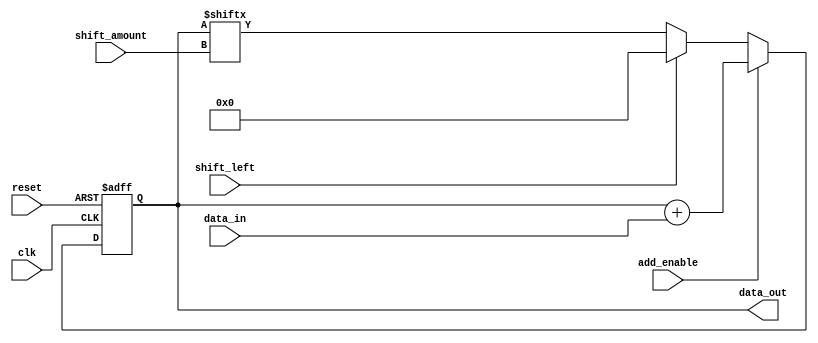
module ShiftAndAdd (
  input wire clk,
  input wire reset,
  input wire shift_left,
  input wire shift_amount,
  input wire add_enable,
  input wire [7:0] data_in,
  output reg [7:0] data_out
);

reg [7:0] shift_register;

always @(posedge clk or posedge reset) begin
  if (reset) begin
    shift_register <= 8'b00000000;
  end else begin
    if (shift_left) begin
      shift_register <= {shift_register[7 - shift_amount:0], 8'd0};
    end else begin
      shift_register <= {8'd0, shift_register[7:shift_amount]};
    end

    if (add_enable) begin
      shift_register <= shift_register + data_in;
    end
  end
end

assign data_out = shift_register;

endmodule